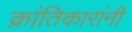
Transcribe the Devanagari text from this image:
क्रांतिकारांनी